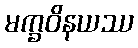
မက္ခဝိနယဿ